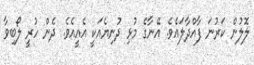
ލޮލުން ކަރުނަ ފާއްދާލައެވެ. އޭނާގެ މުޅި ދުނިޔެއަކީ އެއީއެވެ. ދެން ހުރީ ލޯބިވާ